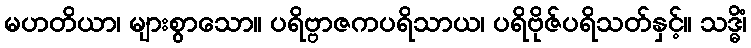
မဟတိယာ၊ များစွာသော။ ပရိဗ္ဗာဇကပရိသာယ၊ ပရိဗိုဇ်ပရိသတ်နှင့်။ သဒ္ဓိံ၊